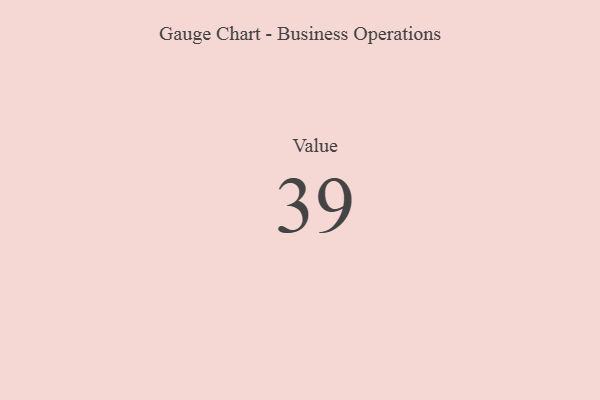
{"axis": {"x": "Metric", "y": "Value"}, "legend": [""], "data": [{"x": "Value", "y": 39, "type": ""}]}